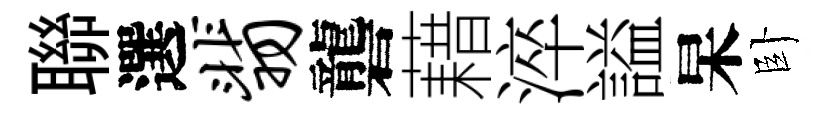
聯選翡礱藉淬謚杲卧